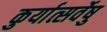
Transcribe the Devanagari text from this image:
कुर्यात्सर्वेषु